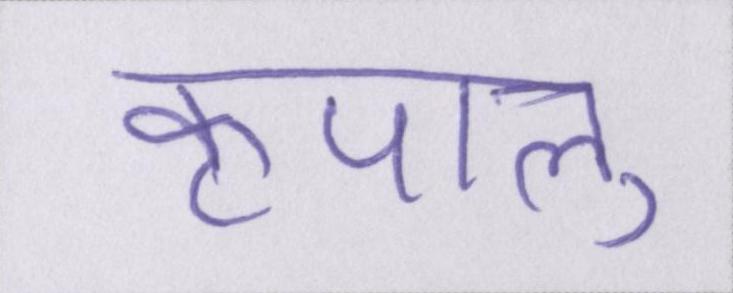
कृपालु